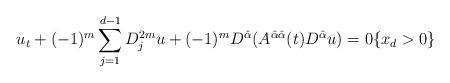
LaTeX: \begin{align*}u_t+(-1)^m \sum_{j=1}^{d-1}D_j^{2m} u+(-1)^mD^{\hat{\alpha}}(A^{\hat{\alpha}\hat{\alpha}}(t)D^{\hat{\alpha}}u)=0 \{x_d>0\}\end{align*}